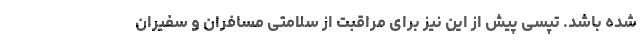
شده باشد. تپسی پیش از این نیز برای مراقبت از سلامتی مسافران و سفیران